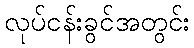
လုပ်ငန်းခွင်အတွင်း